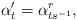
LaTeX: \begin{align*}\alpha'_t=\alpha^r_{ts^{-1}},\end{align*}